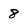
Character: 8